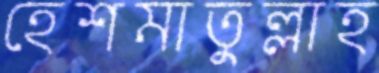
হেশমাতুল্লাহ